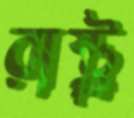
রাষ্ট্র্র